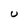
Character: U